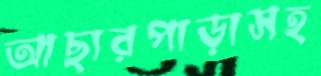
আছারপাড়াসহ